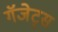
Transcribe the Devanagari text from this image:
गॅजेट्स